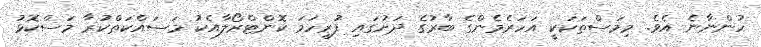
ހުންނާނެ އެވެ. މިމަސްތަކަކީ އަހަރެމެންގެ ބާރުގެ ދަށުގައި ފުރިހަމަ ކޮންޓްރޯލާއެކު މަސައްކަތްކުރާ މަސްކޮޅު